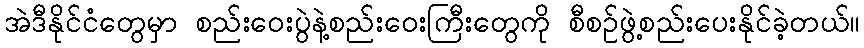
အဲဒီနိုင်ငံတွေမှာ စည်းဝေးပွဲနဲ့စည်းဝေးကြီးတွေကို စီစဉ်ဖွဲ့စည်းပေးနိုင်ခဲ့တယ်။